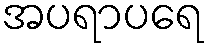
အပရာပရေ